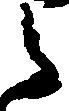
ら